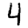
Digit: 4